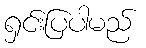
ရှင်းပြပါမည်